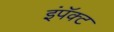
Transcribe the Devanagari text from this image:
इंपॅक्ट